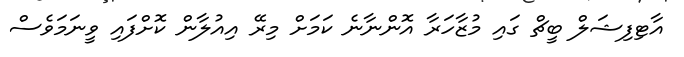
އާޓިފިޝަލް ބީޗް ގައި މުޒާހަރާ އޮންނާނެ ކަމަށް މިރޭ އިއުލާން ކޮށްފައި ވީނަމަވެސް